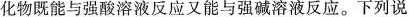
化物既能与强酸溶液反应又能与强碱溶液反应。下列说